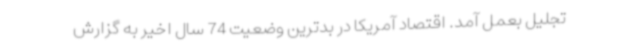
تجلیل بعمل آمد. اقتصاد آمریکا در بدترین وضعیت 74 سال اخیر به گزارش